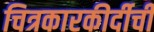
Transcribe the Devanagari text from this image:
चित्रकारकीर्दीची